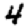
Digit: 4